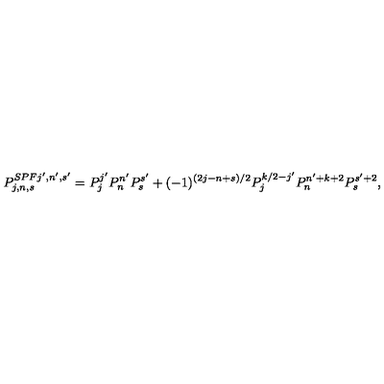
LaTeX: P _ { j , n , s } ^ { S P F j ^ { \prime } , n ^ { \prime } , s ^ { \prime } } = P _ { j } ^ { j ^ { \prime } } P _ { n } ^ { n ^ { \prime } } P _ { s } ^ { s ^ { \prime } } + ( - 1 ) ^ { ( 2 j - n + s ) / 2 } P _ { j } ^ { k / 2 - j ^ { \prime } } P _ { n } ^ { n ^ { \prime } + k + 2 } P _ { s } ^ { s ^ { \prime } + 2 } ,